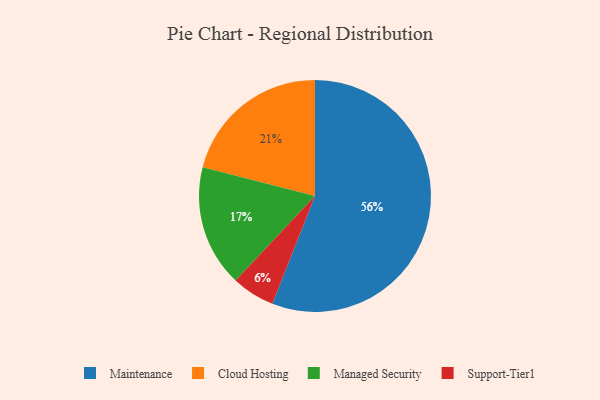
{"axis": {"x": "Category", "y": "Percentage"}, "legend": ["Cloud Hosting", "Maintenance", "Managed Security", "Support-Tier1"], "data": [{"x": "Cloud Hosting", "y": 21, "type": "Cloud Hosting"}, {"x": "Support-Tier1", "y": 6, "type": "Support-Tier1"}, {"x": "Managed Security", "y": 17, "type": "Managed Security"}, {"x": "Maintenance", "y": 56, "type": "Maintenance"}]}